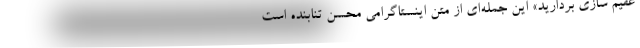
عقیم سازی بردارید» این جمله‌ای از متن اینستاگرامی محسن تنابنده است